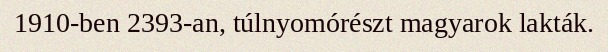
1910-ben 2393-an, túlnyomórészt magyarok lakták.